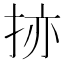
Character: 𫼬